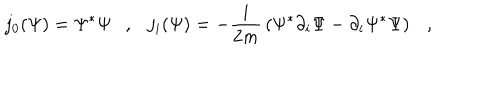
LaTeX: j _ { 0 } ( \Psi ) = \Psi ^ { * } \Psi , j _ { i } ( \Psi ) = - { \frac { i } { 2 m } } \left( \Psi ^ { * } \partial _ { i } \Psi - \partial _ { i } \Psi ^ { * } \Psi \right) ,